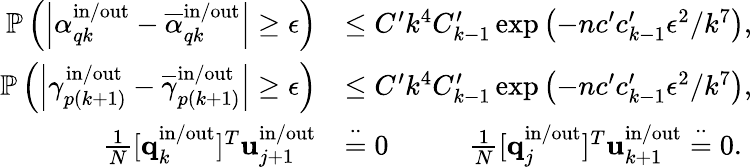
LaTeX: \begin{array}{rl}{\mathbb{P}\left(\left|\alpha_{qk}^{\mathrm{in}/\mathrm{out}}-\overline{{\alpha}}_{qk}^{\mathrm{in}/\mathrm{out}}\right|\geq\epsilon\right)}&{\leq C^{\prime}k^{4}C_{k-1}^{\prime}\exp\left(-nc^{\prime}c_{k-1}^{\prime}\epsilon^{2}/k^{7}\right),}\\ {\mathbb{P}\left(\left|\gamma_{p(k+1)}^{\mathrm{in}/\mathrm{out}}-\overline{{\gamma}}_{p(k+1)}^{\mathrm{in}/\mathrm{out}}\right|\geq\epsilon\right)}&{\leq C^{\prime}k^{4}C_{k-1}^{\prime}\exp\left(-nc^{\prime}c_{k-1}^{\prime}\epsilon^{2}/k^{7}\right),}\\ {\frac{1}{N}[\mathbf{q}_{k}^{\mathrm{in}/\mathrm{out}}]^{T}\mathbf{u}_{j+1}^{\mathrm{in}/\mathrm{out}}}&{\stackrel{\cdot\cdot}{=}0\qquad\; \; \; \frac{1}{N}[\mathbf{q}_{j}^{\mathrm{in}/\mathrm{out}}]^{T}\mathbf{u}_{k+1}^{\mathrm{in}/\mathrm{out}}\stackrel{\cdot\cdot}{=}0.}\end{array}